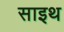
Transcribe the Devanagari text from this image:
साइथ